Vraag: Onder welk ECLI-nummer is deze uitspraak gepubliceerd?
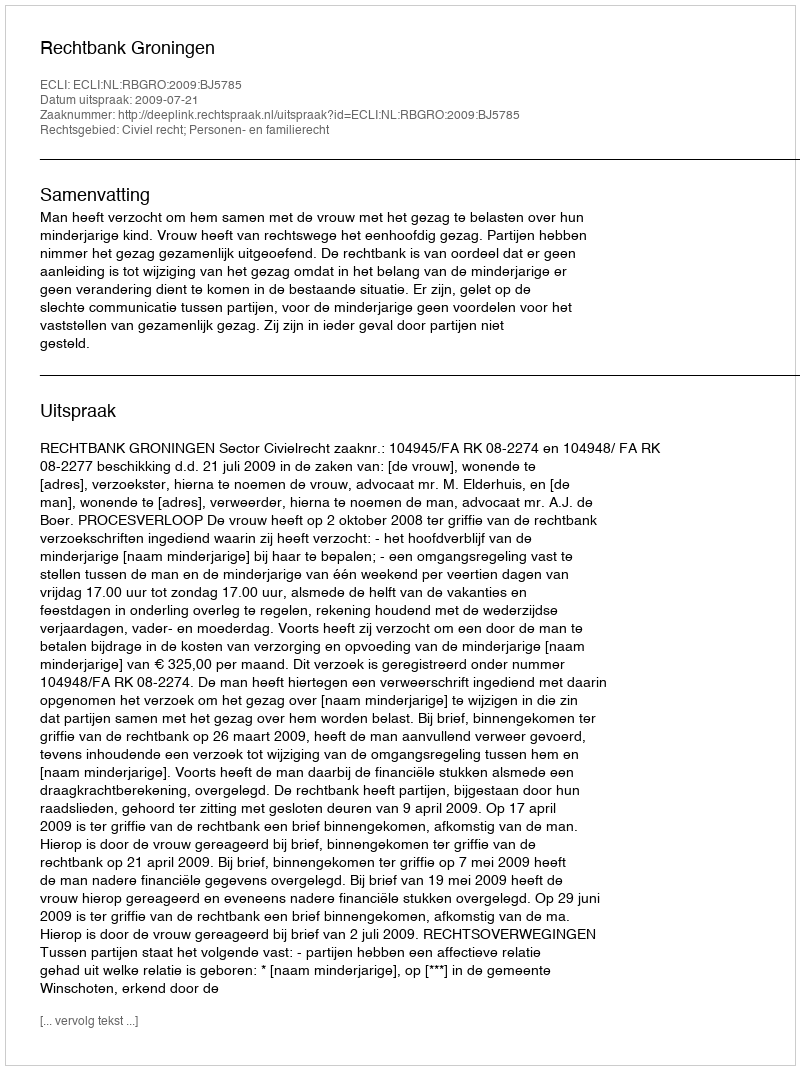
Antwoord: ECLI:NL:RBGRO:2009:BJ5785